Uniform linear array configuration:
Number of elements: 48
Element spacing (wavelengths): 0.25
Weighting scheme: uniform
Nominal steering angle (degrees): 0
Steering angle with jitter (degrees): -1.471
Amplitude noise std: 0.05
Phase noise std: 0.05

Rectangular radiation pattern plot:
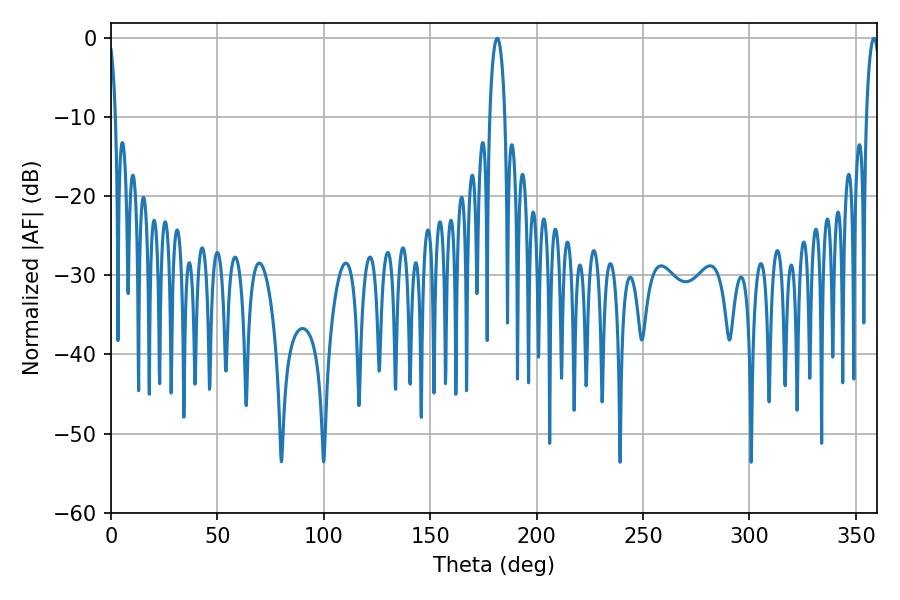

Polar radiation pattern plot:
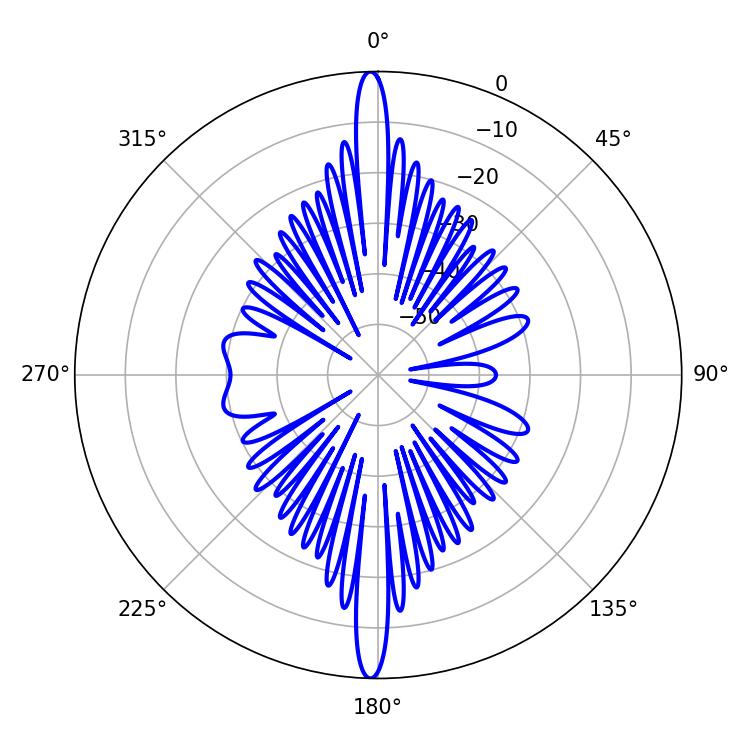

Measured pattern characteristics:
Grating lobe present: FALSE
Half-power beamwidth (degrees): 4.14
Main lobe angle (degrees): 181.44